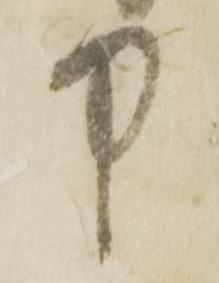
中